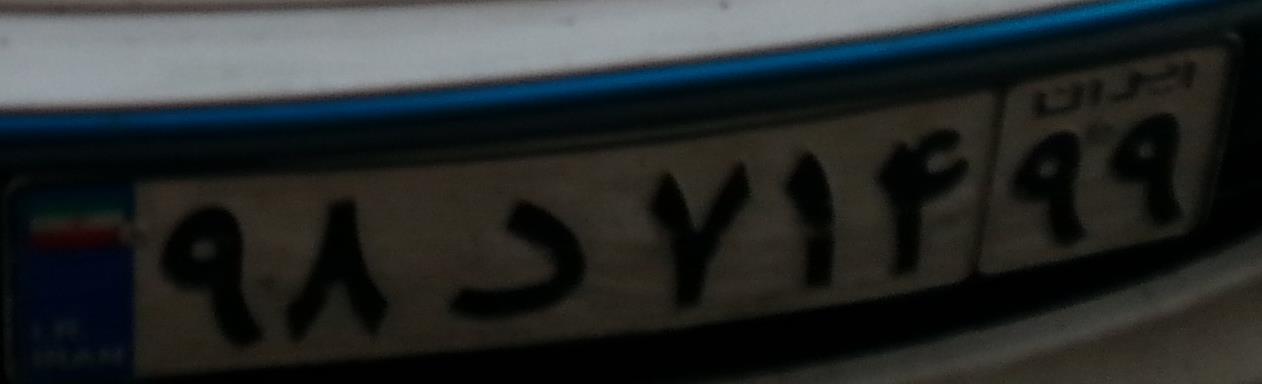
۹۸د۷۱۴۹۹